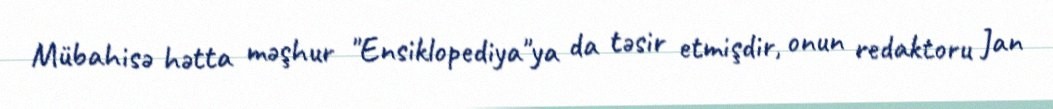
Mübahisə hətta məşhur "Ensiklopediya"ya da təsir etmişdir, onun redaktoru Jan